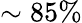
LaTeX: \sim 85\%